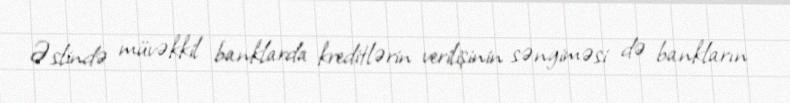
Əslində müvəkkil banklarda kreditlərin verilişinin səngiməsi də bankların